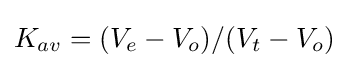
K_{av}=(V_{e}-V_{o})/(V_{t}-V_{o})